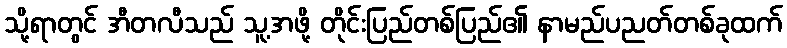
သို့ရာတွင် အီတလီသည် သူ့အဖို့ တိုင်းပြည်တစ်ပြည်၏ နာမည်ပညတ်တစ်ခုထက်